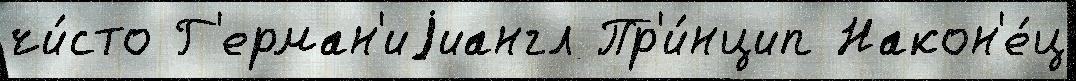
чи́сто Г'ерман'иjиангл Пр'и́нцип Након'е́ц